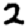
Digit: 2